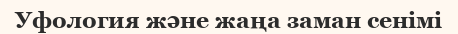
Уфология және жаңа заман сенімі